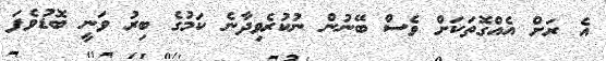
އެ ރަށް އެއްގޮތަކަށް ވެސް ބޭނުން ނުކުރެވިދާނެ ކަމުގެ ބިރު ވަނީ ބޮޑުވެފަ